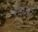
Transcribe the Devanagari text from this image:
सह्यद्री